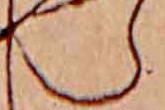
ら